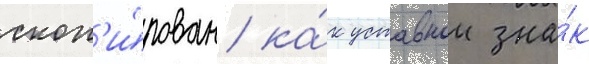
скоп'и́рован ка́к уставнои зна́к